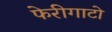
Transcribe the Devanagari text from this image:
फेरीगाटो